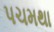
પચમથા